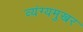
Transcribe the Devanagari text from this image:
व्यंग्यमुखर